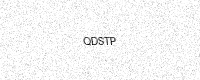
Text: QDSTP